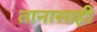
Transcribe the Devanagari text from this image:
तानासाही